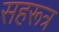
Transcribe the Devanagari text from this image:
सहरूत्र